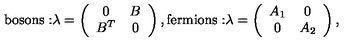
\mathrm { b o s o n s : } \lambda = \left( \begin{array} { c c } { 0 } & { B } \\ { B ^ { T } } & { 0 } \\ \end{array} \right) , \mathrm { f e r m i o n s : } \lambda = \left( \begin{array} { c c } { A _ { 1 } } & { 0 } \\ { 0 } & { A _ { 2 } } \\ \end{array} \right) ,